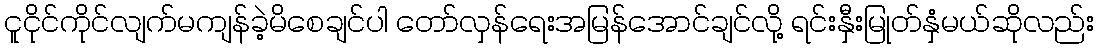
ငူငိုင်ကိုင်လျက်မကျန်ခဲ့မိစေချင်ပါ တော်လှန်ရေးအမြန်အောင်ချင်လို့ ရင်းနှီးမြုတ်နှံမယ်ဆိုလည်း